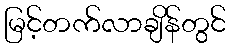
မြင့်တက်လာချိန်တွင်